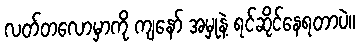
လတ်တလောမှာကို ကျနော် အမှုနဲ့ ရင်ဆိုင်နေရတာပဲ။